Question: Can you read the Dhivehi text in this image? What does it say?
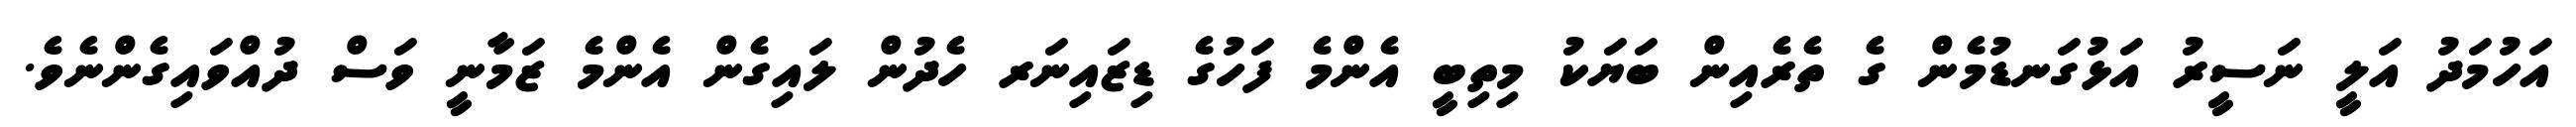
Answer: އަހުމަދު އަލީ ނަސީރު އަޅުގަނޑުމެން ގެ ތެރެއިން ބަޔަކު މިތިބީ އެންމެ ފަހުގެ ޑިޒައިނަރ ހެދުން ލައިގެން އެންމެ ޒަމާނީ ވަސް ދުއްވައިގެންނެވެ.